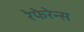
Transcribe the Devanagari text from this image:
रेफेरेन्‍स